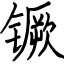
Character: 镢